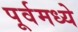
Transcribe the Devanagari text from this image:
पूर्वमध्ये